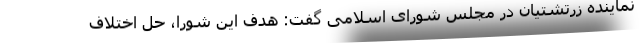
نماینده زرتشتیان در مجلس شورای اسلامی گفت: هدف این شورا، حل اختلاف